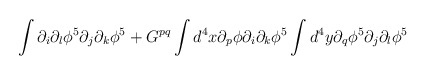
\begin{align*}\int \partial_i \partial_l \phi^5 \partial_j \partial_k \phi^5 + G^{pq} \int d^4 x \partial_p \phi \partial_i \partial_k \phi^5 \int d^4 y \partial_q \phi^5 \partial_j \partial_l \phi^5\end{align*}